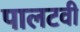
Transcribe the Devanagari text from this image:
पालटवी